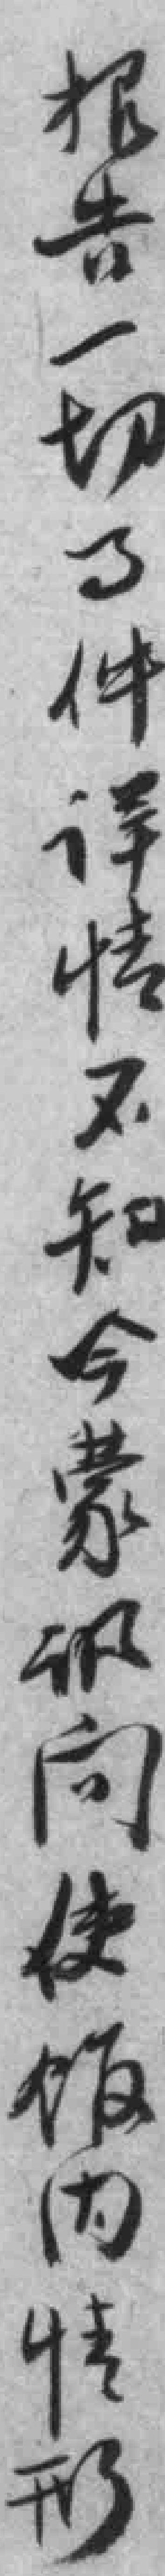
报告一切事件详情不知今蒙讯问使馆内情形